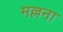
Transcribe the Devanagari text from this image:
मल्लना